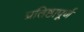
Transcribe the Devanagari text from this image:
प्रतिष्ठापूर्ण